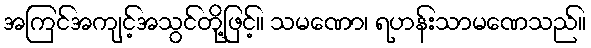
အကြင်အကျင့်အသွင်တို့ဖြင့်။ သမဏော၊ ရဟန်းသာမဏေသည်။